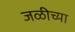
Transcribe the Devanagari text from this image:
जळीच्या